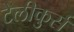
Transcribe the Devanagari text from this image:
टेलीकुर्स